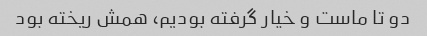
دو تا ماست و خیار گرفته بودیم، همش ریخته بود